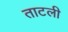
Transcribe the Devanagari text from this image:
ताटली